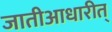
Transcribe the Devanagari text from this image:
जातीआधारीत्